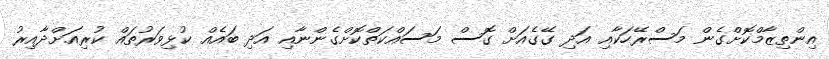
އިންތިޒާމްކޮށްގެން މަސްރޭހަކާއި އަދި ގޭގެއަށް ގޮސް މަސައްކަތްކޮށްގެންނާއި އަދި ބައެއް ކުޅިވަރުތައް ކުރިއަށްދާއިރު